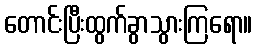
တောင်းပြီးထွက်ခွာသွားကြရော။